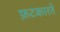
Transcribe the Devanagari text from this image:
फ़टकारते